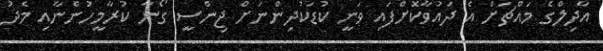
އާދިލްގެ މައްޗަށް އެ ދައުވާކޮށްފައި ވަނީ ކުޑަކުދިންނަށް ޖިންސީ ގޯނާ ކުރާމީހުންނާއި މެދު